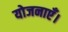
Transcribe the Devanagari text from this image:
योजनाएँ।